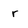
Character: r